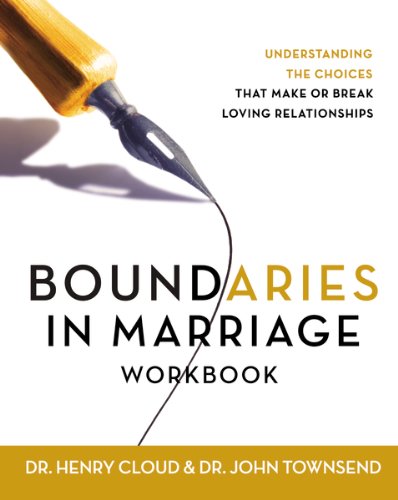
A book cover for Boundaries in Marriage Workbook; Henry Cloud; Religion & Spirituality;